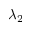
\lambda _ { 2 }